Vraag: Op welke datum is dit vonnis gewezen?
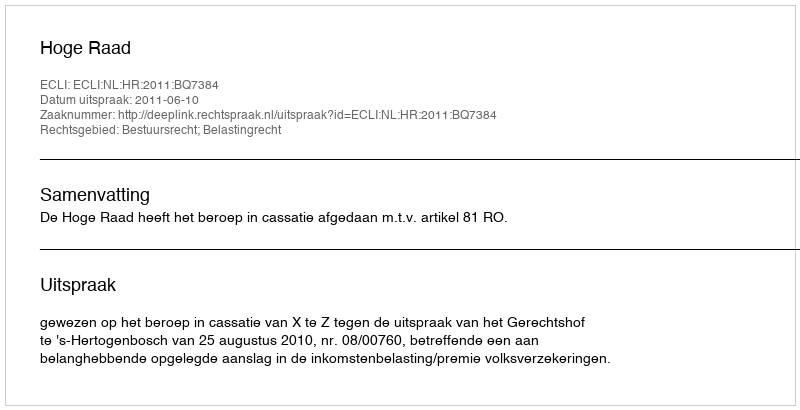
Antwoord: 2011-06-10